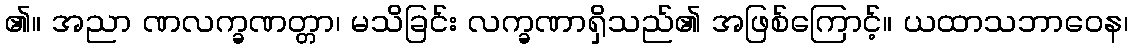
၏။ အညာ ဏလက္ခဏတ္တာ၊ မသိခြင်း လက္ခဏာရှိသည်၏ အဖြစ်ကြောင့်။ ယထာသဘာဝေန၊